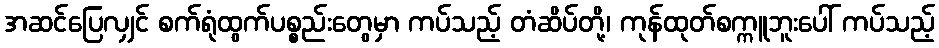
အဆင်ပြေလျှင် စက်ရုံထွက်ပစ္စည်းတွေမှာ ကပ်သည့် တံဆိပ်တို့၊ ကုန်ထုတ်စက္ကူဘူးပေါ် ကပ်သည့်